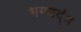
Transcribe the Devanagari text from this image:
भगवर्द्ध